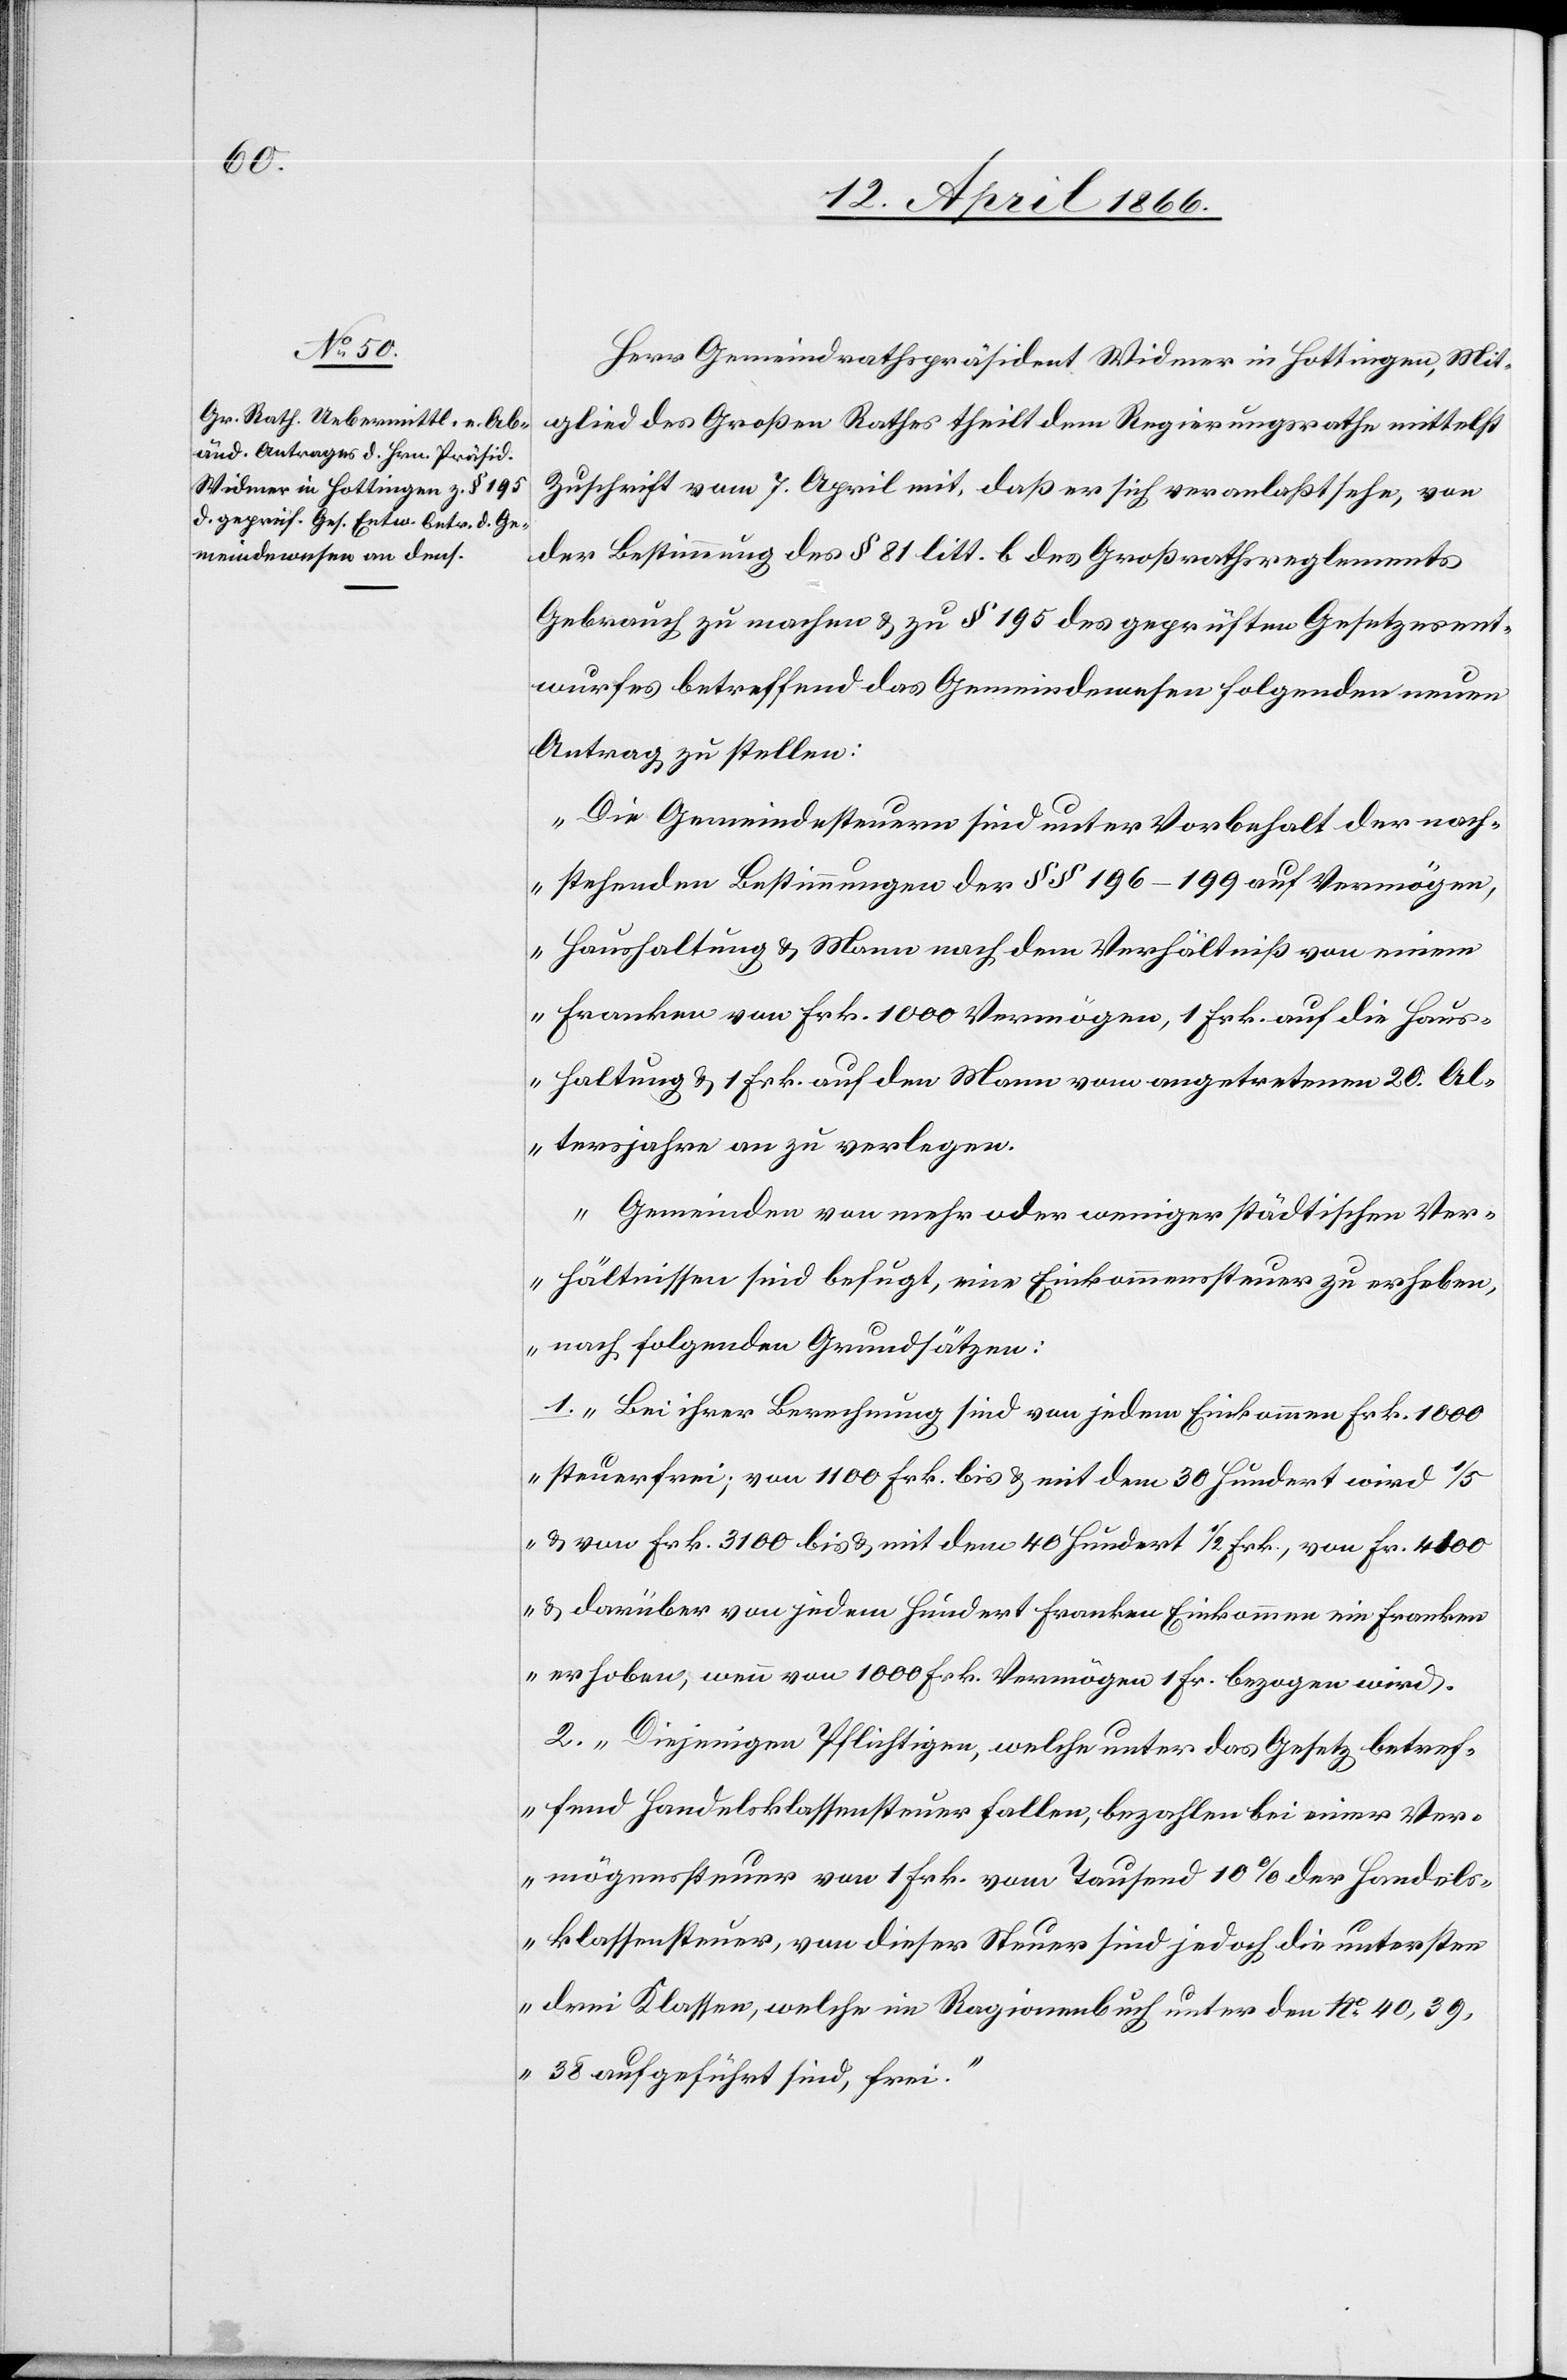
Herr Gemeindrathspräsident Widmer in Hottingen, Mit¬
glied des Großen Rathes theilt dem Regierungsrathe mittelst
Zuschrift vom 7. April mit, daß er sich veranlaßt sehe, von
der Bestimmung des § 81 litt. b des Großrathsreglements
Gebrauch zu machen u. zu § 195 des geprüften Gesetzesent¬
wurfes betreffend das Gemeindewesen folgenden neuen
Antrag zu stellen:
„Die Gemeindesteuern sind unter Vorbehalt der nach¬
stehenden Bestimmungen der § § 196–199 auf Vermögen,
Haushaltung u. Mann nach dem Verhältniß von einem
Franken von Frk. 1000 Vermögen, 1 Frk. auf die Haus¬
haltung u. 1 Frk. auf den Mann vom angetretenen 20. Al¬
tersjahr an zu verlegen.
Gemeinden von mehr oder weniger städtischen Ver¬
hältnissen sind befugt, eine Einkommenssteuer zu erheben,
nach folgenden Grundsätzen:
1. Bei ihrer Berechnung sind von jedem Einkommen Frk. 1000
steuerfreu; von 1100 Frk. bis u. mit dem 30 Hundert wird 1/5
u. von Frk. 3100 bis u. mit dem 40 Hundert 1/2 Frk., von Fr. 4000
u. darüber von jedem Hundert Franken Einkommen ein Franken
erhoben; wenn von 1000 Frk. Vermögen 1 Fr. bezogen wird.
2. Diejenigen Pflichtigen, welche unter das Gesetz betref¬
fend Handelsklassensteuer fallen, bezahlen bei einer Ver¬
mögenssteuer von 1 Frk. vom Tausend 10 % der Handels¬
klassensteuer, von dieser Steuer sind jedoch die untersten
drei Klassen, welche im Ragionenbuch unter den No. 40, 39,
38 aufgeführt sind, frei.“